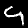
Label: 4